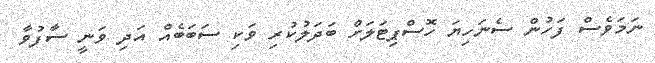
ނަމަވެސް ފަހުން ސެނަހިޔަ ހޮސްޕިޓަލަށް ބަދަލުކުރި ވަކި ސަބަބެއް އަދި ވަނީ ސާފުވާ